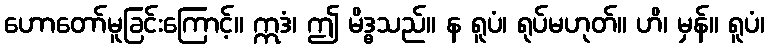
ဟောတော်မူခြင်းကြောင့်။ ဣဒံ၊ ဤ မိဒ္ဓသည်။ န ရူပံ၊ ရုပ်မဟုတ်။ ဟိ၊ မှန်။ ရူပံ၊